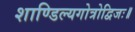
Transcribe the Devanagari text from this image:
शाण्डिल्यगोत्रोद्विजः॥